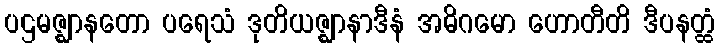
ပဌမဇ္ဈာနတော ပရေသံ ဒုတိယဇ္ဈာနာဒီနံ အဓိဂမော ဟောတီတိ ဒီပနတ္ထံ